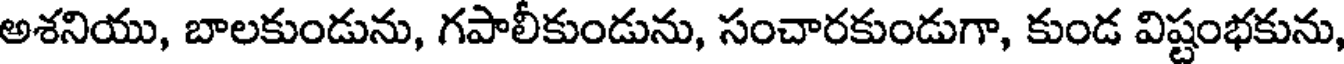
అశనియు, బాలకుండును, గపాలీకుండును, సంచారకుండుగా, కుండ విష్టంభకును,